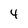
Character: 4